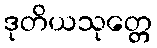
ဒုတိယသုတ္တေ